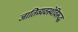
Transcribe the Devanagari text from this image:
जातिव्यवस्थेविरूद्ध